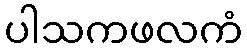
ပါသကဖလကံ